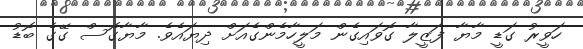
ހަވީރު ގަޑީ މާޔާ ފަޒީލާ ގޮވައިގެން މަލީހާމެންގެއަށް ދިޔައެވެ. މާޔާގޮސް ގޭގެ ބޮޑު